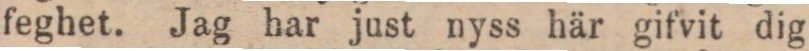
feghet. Jag har just nyss här gifvit dig